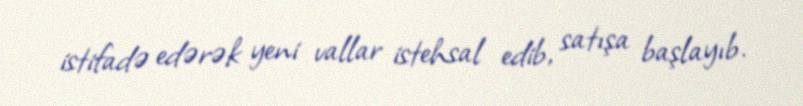
istifadə edərək yeni vallar istehsal edib, satışa başlayıb.